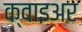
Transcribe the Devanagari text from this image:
क्वाइअर